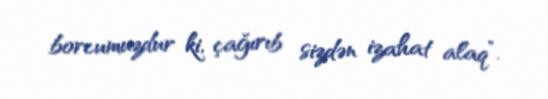
borcumuzdur ki, çağırıb sizdən izahat alaq”.